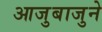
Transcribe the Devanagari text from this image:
आजुबाजुने